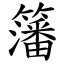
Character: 籓